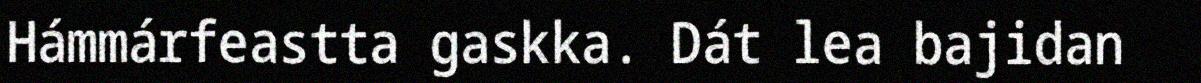
Hámmárfeastta gaskka. Dát lea bajidan